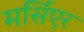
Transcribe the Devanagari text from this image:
मर्सिएर